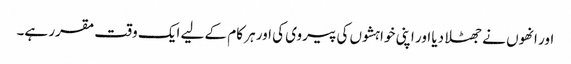
اور انھوں نے جھٹلا دیا اور اپنی خواہشوں کی پیروی کی اور ہر کام کے لیے ایک وقت مقرر ہے۔